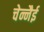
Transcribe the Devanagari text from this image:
चेन्नैई